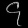
Digit: ၄